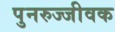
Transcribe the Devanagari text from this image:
पुनरुज्जीवक